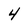
Character: 4